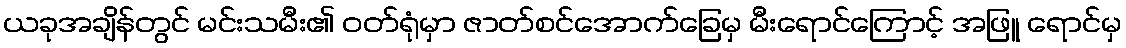
ယခုအချိန်တွင် မင်းသမီး၏ ဝတ်ရုံမှာ ဇာတ်စင်အောက်ခြေမှ မီးရောင်ကြောင့် အဖြူ ရောင်မှ